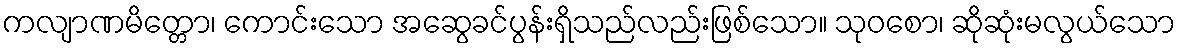
ကလျာဏမိတ္တော၊ ကောင်းသော အဆွေခင်ပွန်းရှိသည်လည်းဖြစ်သော။ သုဝစော၊ ဆိုဆုံးမလွယ်သော